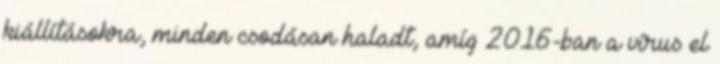
kiállításokra, minden csodásan haladt, amíg 2016-ban a vírus el